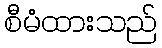
စီမံထားသည်